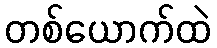
တစ်ယောက်ထဲ